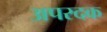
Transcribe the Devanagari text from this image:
अपरदक